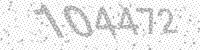
Solution: 104472